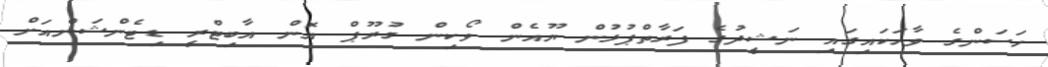
ހަސަންގެ ވާހަަކައިގައި ނަޝީދުގެ ފަރާތްޕުޅުން ޔޫއެން ވޯކިން ގުރޫޕް އޮން އާބިޓްރީ ޑިޓެންޝަންއަށް